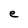
Character: e